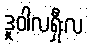
ဒူဝါလရှီးလ